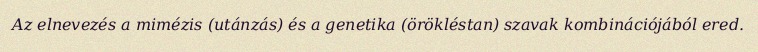
Az elnevezés a mimézis (utánzás) és a genetika (örökléstan) szavak kombinációjából ered.